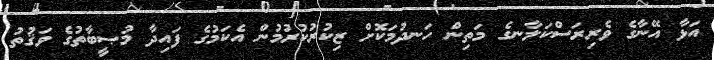
އަޅާ އޭނާގެ ވެރިރަސްކަލާނގެ މަތިން ހަނދުމަކޮށް ޒިކުރުކުރުމުން އެކަމުގެ ފައިދާ މުޞީބާތުގެ ވަޤުތު